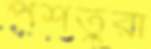
পশতুরা